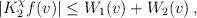
\begin{align*} \begin{aligned} |K_2^\chi f (v)| \leq W_1 (v) + W_2 (v) \,, \end{aligned} \end{align*}